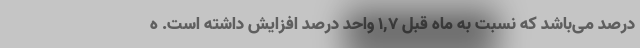
درصد می‌باشد که نسبت به ماه قبل ١,٧ واحد درصد افزایش داشته است. ه